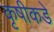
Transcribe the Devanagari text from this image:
कृषीकडे